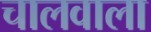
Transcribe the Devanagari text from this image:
चालवाला